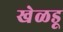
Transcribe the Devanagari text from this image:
खेळडू